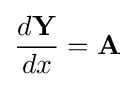
{\frac {d\mathbf {Y} }{dx}}=\mathbf {A}